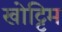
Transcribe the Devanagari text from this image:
खोट्टिम